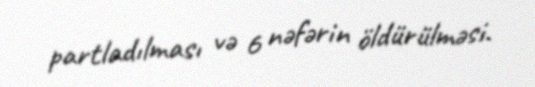
partladılması və 6 nəfərin öldürülməsi.